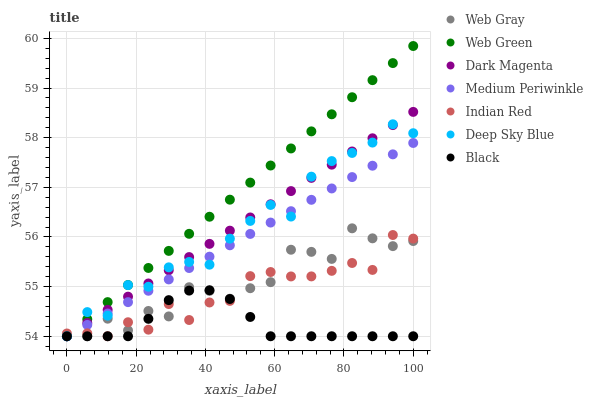
| xaxis_label | Web Gray | Web Green | Dark Magenta | Medium Periwinkle | Indian Red | Deep Sky Blue | Black |
 | --- | --- | --- | --- | --- | --- | --- | --- |
 | 0 | 54 | 54 | 54 | 54 | 54.1 | 54 | 54 |
 | 5.88 | 54 | 54.3 | 54.3 | 54.2 | 54.1 | 54.5 | 54 |
 | 11.8 | 54.4 | 54.7 | 54.5 | 54.5 | 54 | 54.4 | 54 |
 | 17.6 | 54.1 | 55 | 54.8 | 54.7 | 54.3 | 55 | 54 |
 | 23.5 | 54.5 | 55.4 | 55.1 | 54.9 | 54.1 | 55 | 54.4 |
 | 29.4 | 54.4 | 55.7 | 55.3 | 55.1 | 54.6 | 55.4 | 54.7 |
 | 35.3 | 55 | 56.1 | 55.6 | 55.4 | 54.3 | 55.5 | 54.9 |
 | 41.2 | 54.9 | 56.4 | 55.9 | 55.6 | 54.7 | 55.4 | 54.9 |
 | 47.1 | 54.8 | 56.8 | 56.1 | 55.8 | 54.7 | 56 | 54.8 |
 | 52.9 | 55 | 57.1 | 56.4 | 56.1 | 55.2 | 56.3 | 54.4 |
 | 58.8 | 55.1 | 57.4 | 56.7 | 56.3 | 55.3 | 56.6 | 54 |
 | 64.7 | 55.7 | 57.8 | 56.9 | 56.5 | 55.2 | 56.4 | 54 |
 | 70.6 | 55.7 | 58.1 | 57.2 | 56.7 | 55.2 | 57.2 | 54 |
 | 76.5 | 55.6 | 58.5 | 57.5 | 57 | 55.3 | 57.5 | 54 |
 | 82.4 | 56.2 | 58.8 | 57.7 | 57.2 | 55.5 | 57.7 | 54 |
 | 88.2 | 56 | 59.2 | 58 | 57.4 | 55.3 | 57.9 | 54 |
 | 94.1 | 55.8 | 59.5 | 58.3 | 57.7 | 56 | 58.3 | 54 |
 | 100 | 55.9 | 59.8 | 58.5 | 57.9 | 56 | 58.1 | 54 |